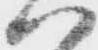
ハ